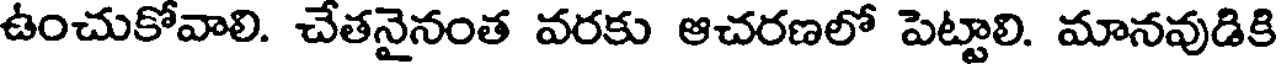
ఉంచుకోవాలి. చేతనైనంత వరకు ఆచరణలో పెట్టాలి. మానవుడికి